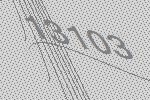
13103